King Institute of Preventive Medicine Micro-Biological Section reports 1912-19
Year: 1912
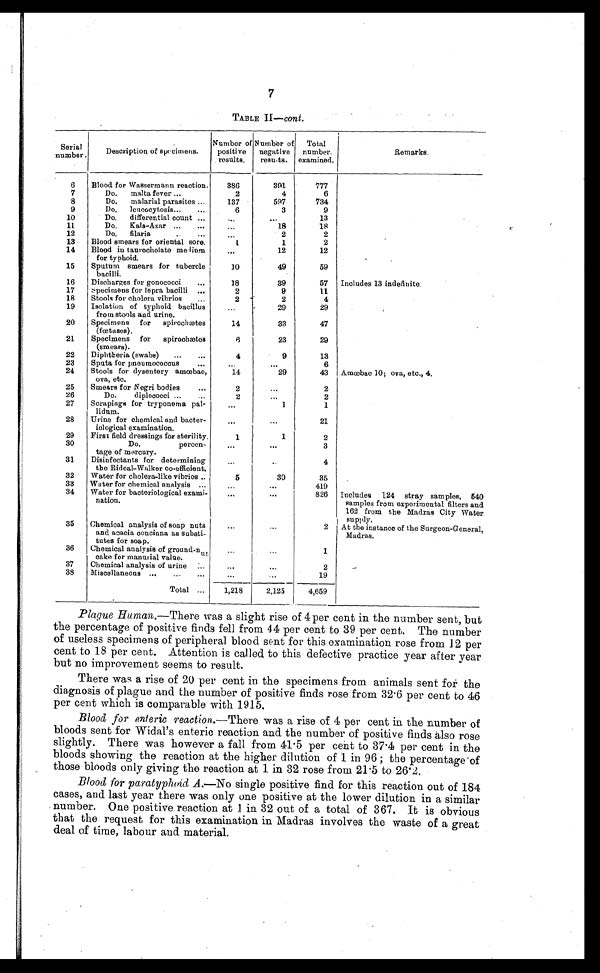
7
TABLE II—cont.
Serial
number .
Description of specimens.
Number of
positive
results.
Number of
negative
results.
Total
number.
examined.
Remarks.
6
Blood for Wassermann reaction.
386
391
777
7
Do. malta fever . . .
2
4
6
8
Do. malarial parasites . . .
137
597
734
9
Do.lencocytosis . . .
6
3
9
10
Do. differential count . . .
. . .
. . .
13
11
Do. Kala-Azar . . .
. . .
18
18
12
Do. filaria . . .
. . .
2
2
13
Blood smears for oriental sore.
1
1
2
14
Blood in taurocholate medium
for typhoid.
. . .
12
12
15
Sputum smears for tubercle
bacilli.
10
49
59
16
Discharges for gonococci . . .
18
39
57
Includes 13 indefinite.
17
Specimens for lepra bacilli . . .
2
9
11
18
Stools for cholera vibrios . . .
2
2
4
19
Isolation of typhoid bacillus
from stools and urine.
. . .
2 9
29
20
Specimens for spirochætes
(fœtuses).
14
33
47
21
Specimens for spirochætes
(smears).
6
23
29
22
Diphtheria (swabs) . . .
4
9
13
23
Sputa for pneumococcus . . .
. . .
. . .
6
24
Stools for dysentery amœbae,
ova, etc.
14
29
43
Amœbae 10; ova, etc., 4.
25
Smears for Negri bodies . . .
2
. . .
2
26
Do. diplococci . . .
2
. . .
2
27
Scrapings for tryponema pal-
lidnm.
. . .
1
1
28
Urine for chemical and bacter-
iological examination.
. . .
. . .
21
29
First field dressings for sterility.
1
1
2
30
Do.percen-
tage of mercury.
. . .
. . .
3
31
Disinfectants for determining
the Rideal-Walker co-efficient.
. . .
. . .
4
32
Water for cholera-like vibrios . . .
5
30
35
33
Water for chemical analysis . . .
. . .
. . .
419
34
Water for bacteriological exami-
nation.
. . .
. . .
826
Includes 124 stray samples,
540
samples from experimental filters and
162 from the Madras City Water
supply.
35
Chemical analysis of soap nuts
and acacia concinna as substi-
tutes for soap.
. . .
. . .
2
At the instance of the Surgeon-General,
Madras.
36
Chemical analysis of ground-nut
cake for manurial value.
. . .
. . .
1
37
Chemical analysis of urine . . .
. . .
. . .
2
38
Miscellaneous . . .
. . .
. . .
19
Total . . .
1,218
2,125
4,659
Plaque Human.— There was a slight rise of 4 per cent in the number sent, but
the percentage of positive finds fell from 44 per cent to 39 per cent. The number
of useless specimens of peripheral blood sent for this examination rose from 12 per
cent to 18 per cent. Attention is called to this defective practice year after year
but no improvement seems to result.
There was a rise of 20 per cent in the specimens from animals sent for the
diagnosis of plague and the number of positive finds rose from 32.6 per cent to 46
per cent which is comparable with 1915.
Blood for enteric reaction. —There was a rise of 4 per cent in the number of
bloods sent for Widal's enteric reaction and the number of positive finds also rose
slightly. There was however a fall from 41.5 per cent to 37.4 per cent in the
bloods showing the reaction at the higher dilution of 1 in 96 ; the percentage of
those bloods only giving the reaction at 1 in 32 rose from 21.5 to 26.2.
Blood for paratyphoid A.— No single positive find for this reaction out of 184
cases, and last year there was only one positive at the lower dilution in a similar
number. One positive reaction at 1 in 32 out of a total of 367. It is obvious
that the request for this examination in Madras involves the waste of a great
deal of time, labour and material.